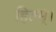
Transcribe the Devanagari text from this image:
हितम्।